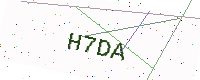
Text: H7DA